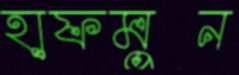
হাফমুন